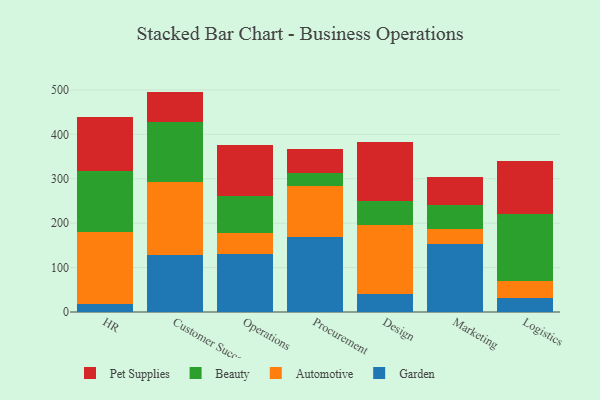
{"axis": {"x": "Department", "y": "Budget (USD K)"}, "legend": ["Automotive", "Beauty", "Garden", "Pet Supplies"], "data": [{"x": "HR", "y": 17.7, "type": "Garden"}, {"x": "HR", "y": 162.9, "type": "Automotive"}, {"x": "HR", "y": 137.6, "type": "Beauty"}, {"x": "HR", "y": 120.2, "type": "Pet Supplies"}, {"x": "Customer Success", "y": 129.4, "type": "Garden"}, {"x": "Customer Success", "y": 163.0, "type": "Automotive"}, {"x": "Customer Success", "y": 135.0, "type": "Beauty"}, {"x": "Customer Success", "y": 68.8, "type": "Pet Supplies"}, {"x": "Operations", "y": 130.1, "type": "Garden"}, {"x": "Operations", "y": 48.4, "type": "Automotive"}, {"x": "Operations", "y": 81.9, "type": "Beauty"}, {"x": "Operations", "y": 114.9, "type": "Pet Supplies"}, {"x": "Procurement", "y": 169.4, "type": "Garden"}, {"x": "Procurement", "y": 115.1, "type": "Automotive"}, {"x": "Procurement", "y": 28.4, "type": "Beauty"}, {"x": "Procurement", "y": 54.3, "type": "Pet Supplies"}, {"x": "Design", "y": 40.6, "type": "Garden"}, {"x": "Design", "y": 156.2, "type": "Automotive"}, {"x": "Design", "y": 53.7, "type": "Beauty"}, {"x": "Design", "y": 131.8, "type": "Pet Supplies"}, {"x": "Marketing", "y": 154.0, "type": "Garden"}, {"x": "Marketing", "y": 33.1, "type": "Automotive"}, {"x": "Marketing", "y": 53.2, "type": "Beauty"}, {"x": "Marketing", "y": 64.0, "type": "Pet Supplies"}, {"x": "Logistics", "y": 31.1, "type": "Garden"}, {"x": "Logistics", "y": 38.0, "type": "Automotive"}, {"x": "Logistics", "y": 152.5, "type": "Beauty"}, {"x": "Logistics", "y": 118.4, "type": "Pet Supplies"}]}